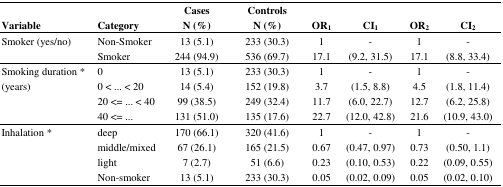
<table><thead><tr><td><b>Variable</b></td><td><b>Category</b></td><td><b>Cases N (%)</b></td><td><b>Controls N (%)</b></td><td><b>OR<sub>1</sub></b></td><td><b>CI<sub>1</sub></b></td><td><b>OR<sub>2</sub></b></td><td><b>CI<sub>2</sub></b></td></tr></thead><tbody><tr><td rowspan="2">Smoker (yes/no)</td><td>Non-Smoker</td><td>13 (5.1)</td><td>233 (30.3)</td><td>1</td><td>-</td><td>1</td><td>-</td></tr><tr><td>Smoker</td><td>244 (94.9)</td><td>536 (69.7)</td><td>17.1</td><td>(9.2, 31.5)</td><td>17.1</td><td>(8.8, 33.4)</td></tr><tr><td rowspan="4">Smoking duration * (years)</td><td>0</td><td>13 (5.1)</td><td>233 (30.3)</td><td>1</td><td>-</td><td>1</td><td>-</td></tr><tr><td>0 &lt; ... &lt; 20</td><td>14 (5.4)</td><td>152 (19.8)</td><td>3.7</td><td>(1.5, 8.8)</td><td>4.5</td><td>(1.8, 11.4)</td></tr><tr><td>20 &lt;= ... &lt; 40</td><td>99 (38.5)</td><td>249 (32.4)</td><td>11.7</td><td>(6.0, 22.7)</td><td>12.7</td><td>(6.2, 25.8)</td></tr><tr><td>40 &lt;= ...</td><td>131 (51.0)</td><td>135 (17.6)</td><td>22.7</td><td>(12.0, 42.8)</td><td>21.6</td><td>(10.9, 43.0)</td></tr><tr><td rowspan="4">Inhalation *</td><td>deep</td><td>170 (66.1)</td><td>320 (41.6)</td><td>1</td><td>-</td><td>1</td><td>-</td></tr><tr><td>middle/mixed</td><td>67 (26.1)</td><td>165 (21.5)</td><td>0.67</td><td>(0.47, 0.97)</td><td>0.73</td><td>(0.50, 1.1)</td></tr><tr><td>light</td><td>7 (2.7)</td><td>51 (6.6)</td><td>0.23</td><td>(0.10, 0.53)</td><td>0.22</td><td>(0.09, 0.55)</td></tr><tr><td>Non-smoker</td><td>13 (5.1)</td><td>233 (30.3)</td><td>0.05</td><td>(0.02, 0.09)</td><td>0.05</td><td>(0.02, 0.10)</td></tr></tbody></table>